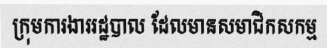
ក្រុមការងាររដ្ឋបាល ដែលមានសមាជិកសកម្ម